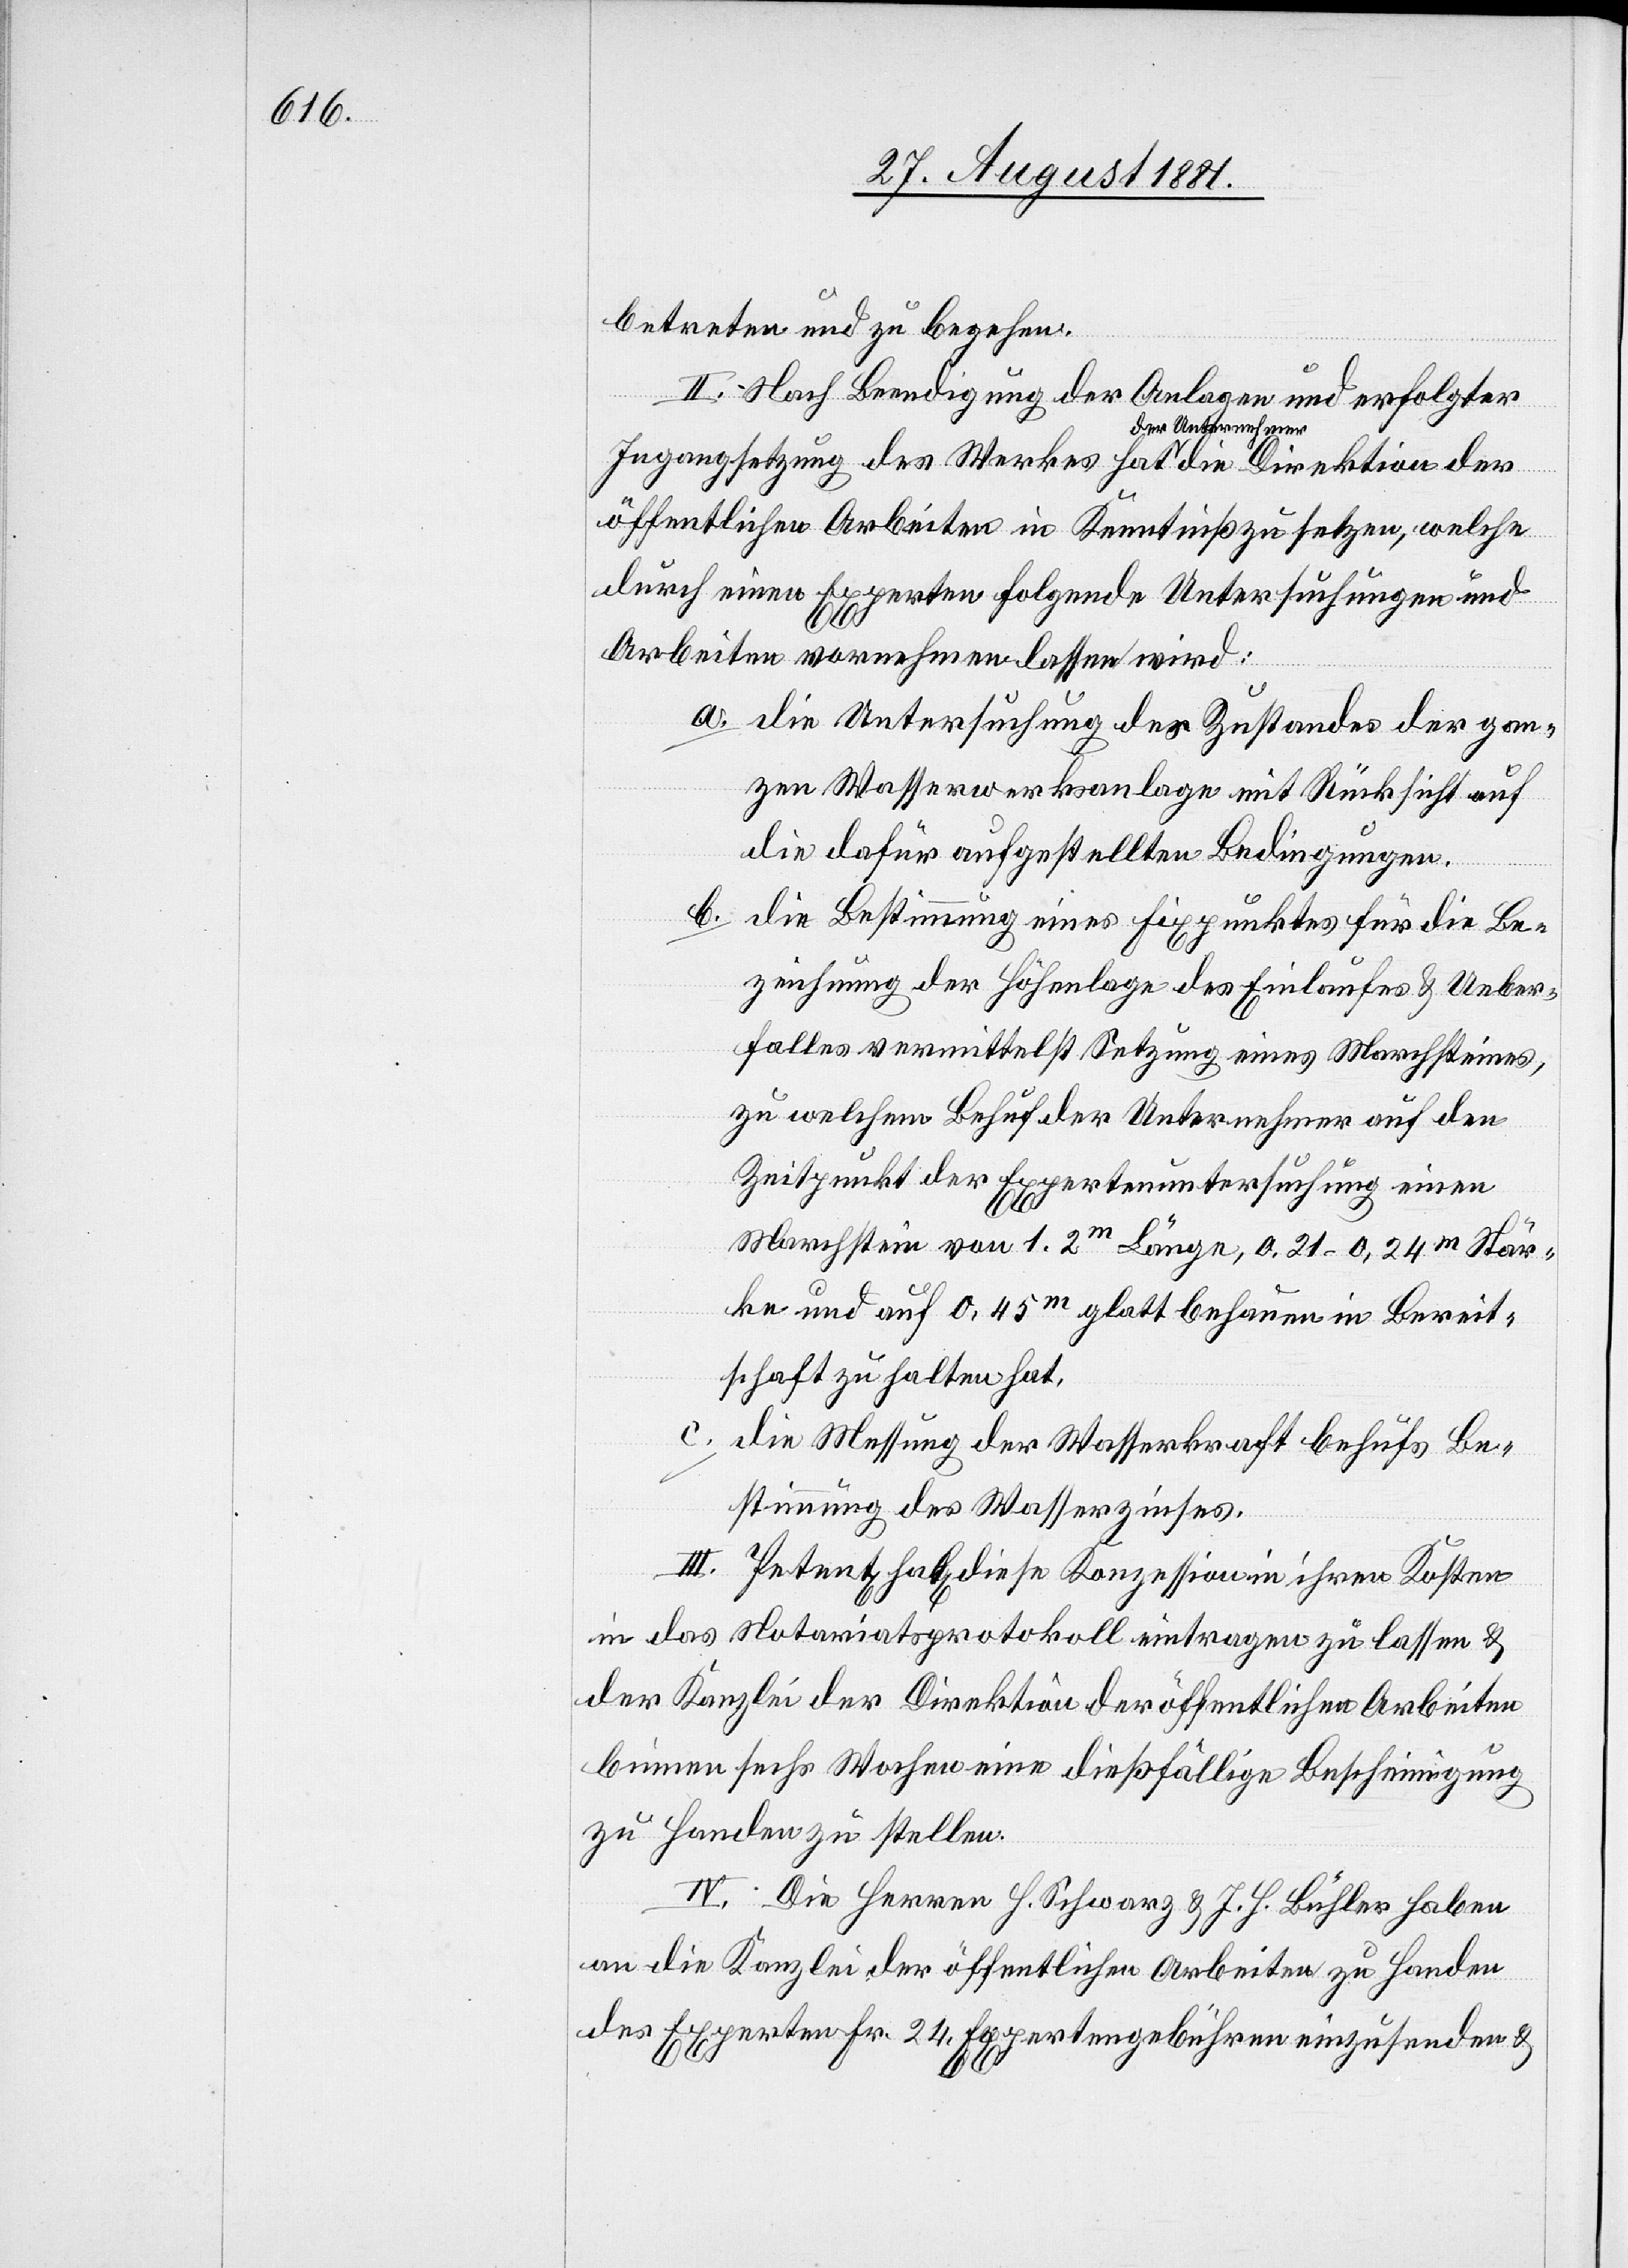
betreten und zu begehen.
II. Nach Beendigung der Anlagen und erfolgter
Direktion der
Ingangsetzung des Werkes hat der Unternehmer die
öffentlichen Arbeiten in Kenntniß zu setzen, welche
durch einen Experten folgende Untersuchungen und
Arbeiten vornehmen lassen wird:
a. die Untersuchung des Zustandes der gan¬
zen Wasserwerksanlage mit Rücksicht auf
die dafür aufgestellten Bedingungen.
b. die Bestimmung eines Fixpunktes für die Be¬
zeichnung der Höhenlage des Einlaufes & Ueber¬
falles vermittelst Setzung eines Marchsteines,
zu welchem Behuf der Unternehmer auf den
Zeitpunkt der Expertenuntersuchung einen
Marchstein von 1,2m Länge, 0,21–0,24m Stär¬
ke und auf 0,45m glatt behauen in Bereit¬
schaft zu halten hat.
c. die Messung der Wasserkraft behufs Be¬
stimmung des Wasserzinses.
III. Petent hat diese Konzession in ihren Kosten
in das Notariatsprotokoll eintragen zu lassen &
der Kanzlei der Direktion der öffentlichen Arbeiten
binnen sechs Wochen eine dießfällige Bescheinigung
zu Handen zu stellen.
IV. Die Herren H. Schwarz & J. H. Bühler haben
an die Kanzlei der öffentlichen Arbeiten zu Handen
des Experten Fr. 24 Expertengebühren einzusenden &